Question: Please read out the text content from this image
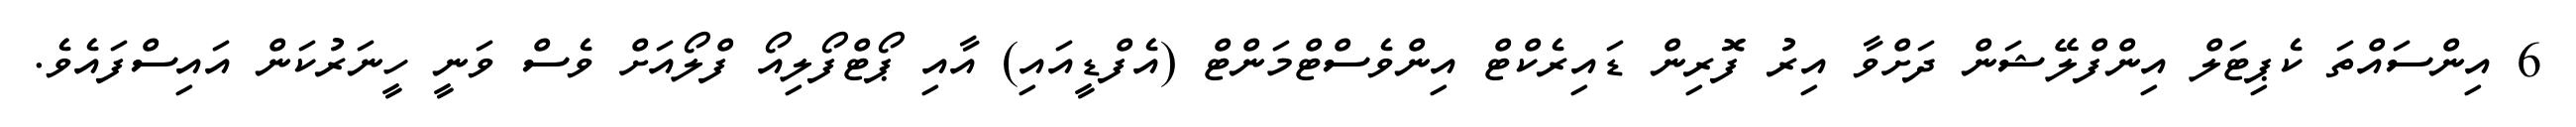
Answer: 6 އިންސައްތަ ކެޕިޓަލް އިންފްލޭޝަން ދަށްވާ އިރު ފޮރިން ޑައިރެކްޓް އިންވެސްޓްމަންޓް (އެފްޑީއައި) އާއި ޕޯޓްފޯލިއޯ ފްލޯއަށް ވެސް ވަނީ ހީނަރުކަން އައިސްފައެވެ.